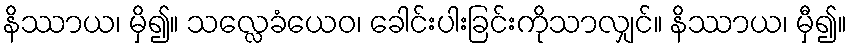
နိဿာယ၊ မှိ၍။ သလ္လေခံယေဝ၊ ခေါင်းပါးခြင်းကိုသာလျှင်။ နိဿာယ၊ မှီ၍။